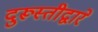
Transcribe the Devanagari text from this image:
दुरूस्तीद्वारे